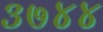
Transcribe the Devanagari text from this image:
३७४४